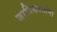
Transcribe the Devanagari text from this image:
जातिसंस्थांना